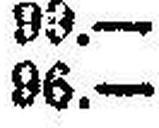
96.—